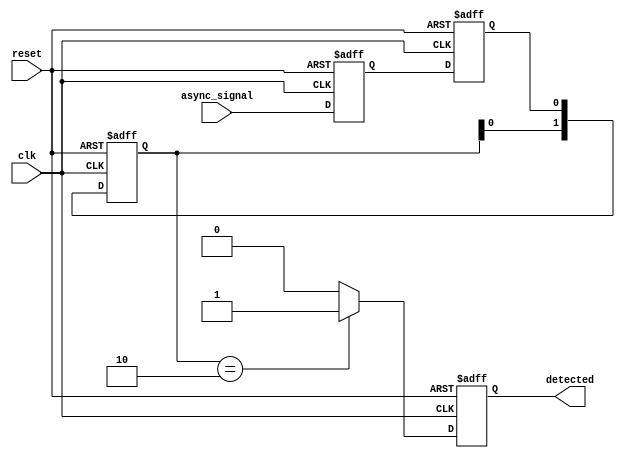
module dual_ff_detector (
    input wire clk,          // Clock input
    input wire reset,        // Asynchronous reset
    input wire async_signal, // Asynchronous input signal
    output reg detected      // Output signal indicating pattern detection
);

    // Parameters for the specific pattern to be detected
    parameter PATTERN_WIDTH = 2; // Example pattern width
    parameter [PATTERN_WIDTH-1:0] PATTERN = 2'b10; // Example pattern to detect

    // Internal signals for flip-flops
    reg ff1, ff2;
    
    // Memory block to store detected states (optional, can be expanded)
    reg [PATTERN_WIDTH-1:0] memory_block;

    // Dual flip-flop synchronization
    always @(posedge clk or posedge reset) begin
        if (reset) begin
            ff1 <= 1'b0;
            ff2 <= 1'b0;
        end else begin
            ff1 <= async_signal; // Sample asynchronous signal
            ff2 <= ff1;          // Synchronize with second flip-flop
        end
    end

    // Pattern detection logic
    always @(posedge clk or posedge reset) begin
        if (reset) begin
            detected <= 1'b0; // Reset detected signal
            memory_block <= {PATTERN_WIDTH{1'b0}}; // Clear memory block
        end else begin
            // Store the output of FF2 in the memory block (for example purposes)
            memory_block <= {memory_block[PATTERN_WIDTH-2:0], ff2}; // Shift in new data
            
            // Check for pattern match
            if (memory_block == PATTERN) begin
                detected <= 1'b1; // Pattern detected
            end else begin
                detected <= 1'b0; // No pattern detected
            end
        end
    end

endmodule